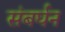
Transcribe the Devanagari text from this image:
संबर्घन